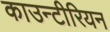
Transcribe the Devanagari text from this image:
काउन्टीरियन